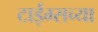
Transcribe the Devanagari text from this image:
टाईम्सच्या